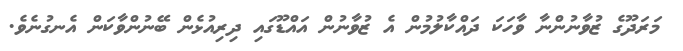
މަރަދޫގެ ޒުވާނުންނާ ވާހަކަ ދައްކާލުމުން އެ ޒުވާނުން އައްޑޫގައި ދިރިއުޅެން ބޭނުންވާކަން އެނގުނެވެ.